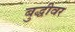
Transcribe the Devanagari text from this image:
बुद्धीवर